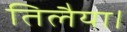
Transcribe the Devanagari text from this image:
तिलैया।